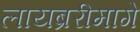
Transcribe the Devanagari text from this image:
लायब्ररीमागे